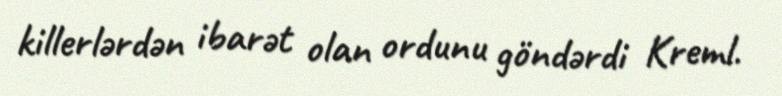
killerlərdən ibarət olan ordunu göndərdi Kreml.